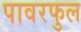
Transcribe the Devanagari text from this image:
पावरफुल